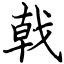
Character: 戟